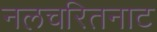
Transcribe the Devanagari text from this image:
नलचरितनाट